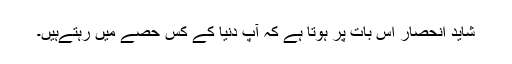
شاید انحصار اس بات پر ہوتا ہے کہ آپ دنیا کے کس حصے میں رہتےہیں۔